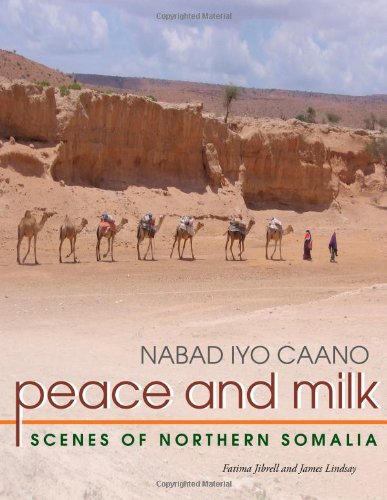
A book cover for Peace And Milk: Scenes Of Northern Somalia; James Lindsay; Travel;